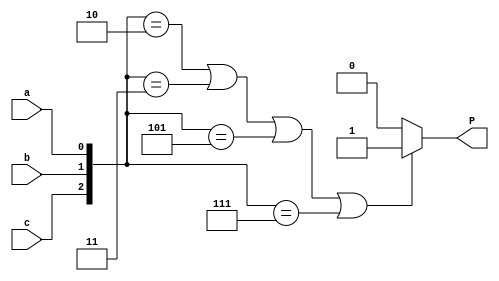
`timescale 1ns / 1ps


module is_prime_procedural(
    input c,
    input b,
    input a,
    output reg P
    );
  wire [2:0] cba;
  assign cba = {c,b,a};
  always @ (cba)
    if (cba==3'd2 || cba==3'd3 || cba==3'd5 || cba==3'd7) 
      P = 1'b1;
    else
      P = 1'b0;

endmodule